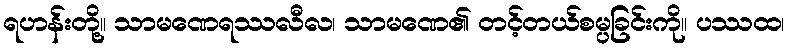
ရဟန်းတို့။ သာမဏေရဿလီလ၊ သာမဏေ၏ တင့်တယ်စမ္ပခြင်းကို။ ပဿထ၊